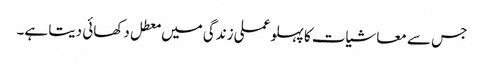
جس سے معاشیات کا پہلو عملی زندگی میں معطل دکھائی دیتا ہے۔